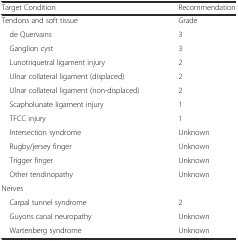
<table><thead><tr><td><b>Target Condition</b></td><td><b>Recommendation</b></td></tr></thead><tbody><tr><td>Tendons and soft tissue</td><td>Grade</td></tr><tr><td> de Quervains</td><td>3</td></tr><tr><td> Ganglion cyst</td><td>3</td></tr><tr><td> Lunotriquetral ligament injury</td><td>2</td></tr><tr><td> Ulnar collateral ligament (displaced)</td><td>2</td></tr><tr><td> Ulnar collateral ligament (non-displaced)</td><td>2</td></tr><tr><td> Scapholunate ligament injury</td><td>1</td></tr><tr><td> TFCC injury</td><td>1</td></tr><tr><td> Intersection syndrome</td><td>Unknown</td></tr><tr><td> Rugby/jersey finger</td><td>Unknown</td></tr><tr><td> Trigger finger</td><td>Unknown</td></tr><tr><td> Other tendinopathy</td><td>Unknown</td></tr><tr><td>Nerves</td><td></td></tr><tr><td> Carpal tunnel syndrome</td><td>2</td></tr><tr><td> Guyons canal neuropathy</td><td>Unknown</td></tr><tr><td> Wartenberg syndrome</td><td>Unknown</td></tr></tbody></table>